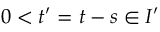
0 < t ^ { \prime } = t - s \in I ^ { \prime }